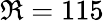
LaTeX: \Re=115